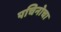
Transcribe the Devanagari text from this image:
पचिनोचा